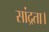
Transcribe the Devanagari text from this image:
सांद्रता।